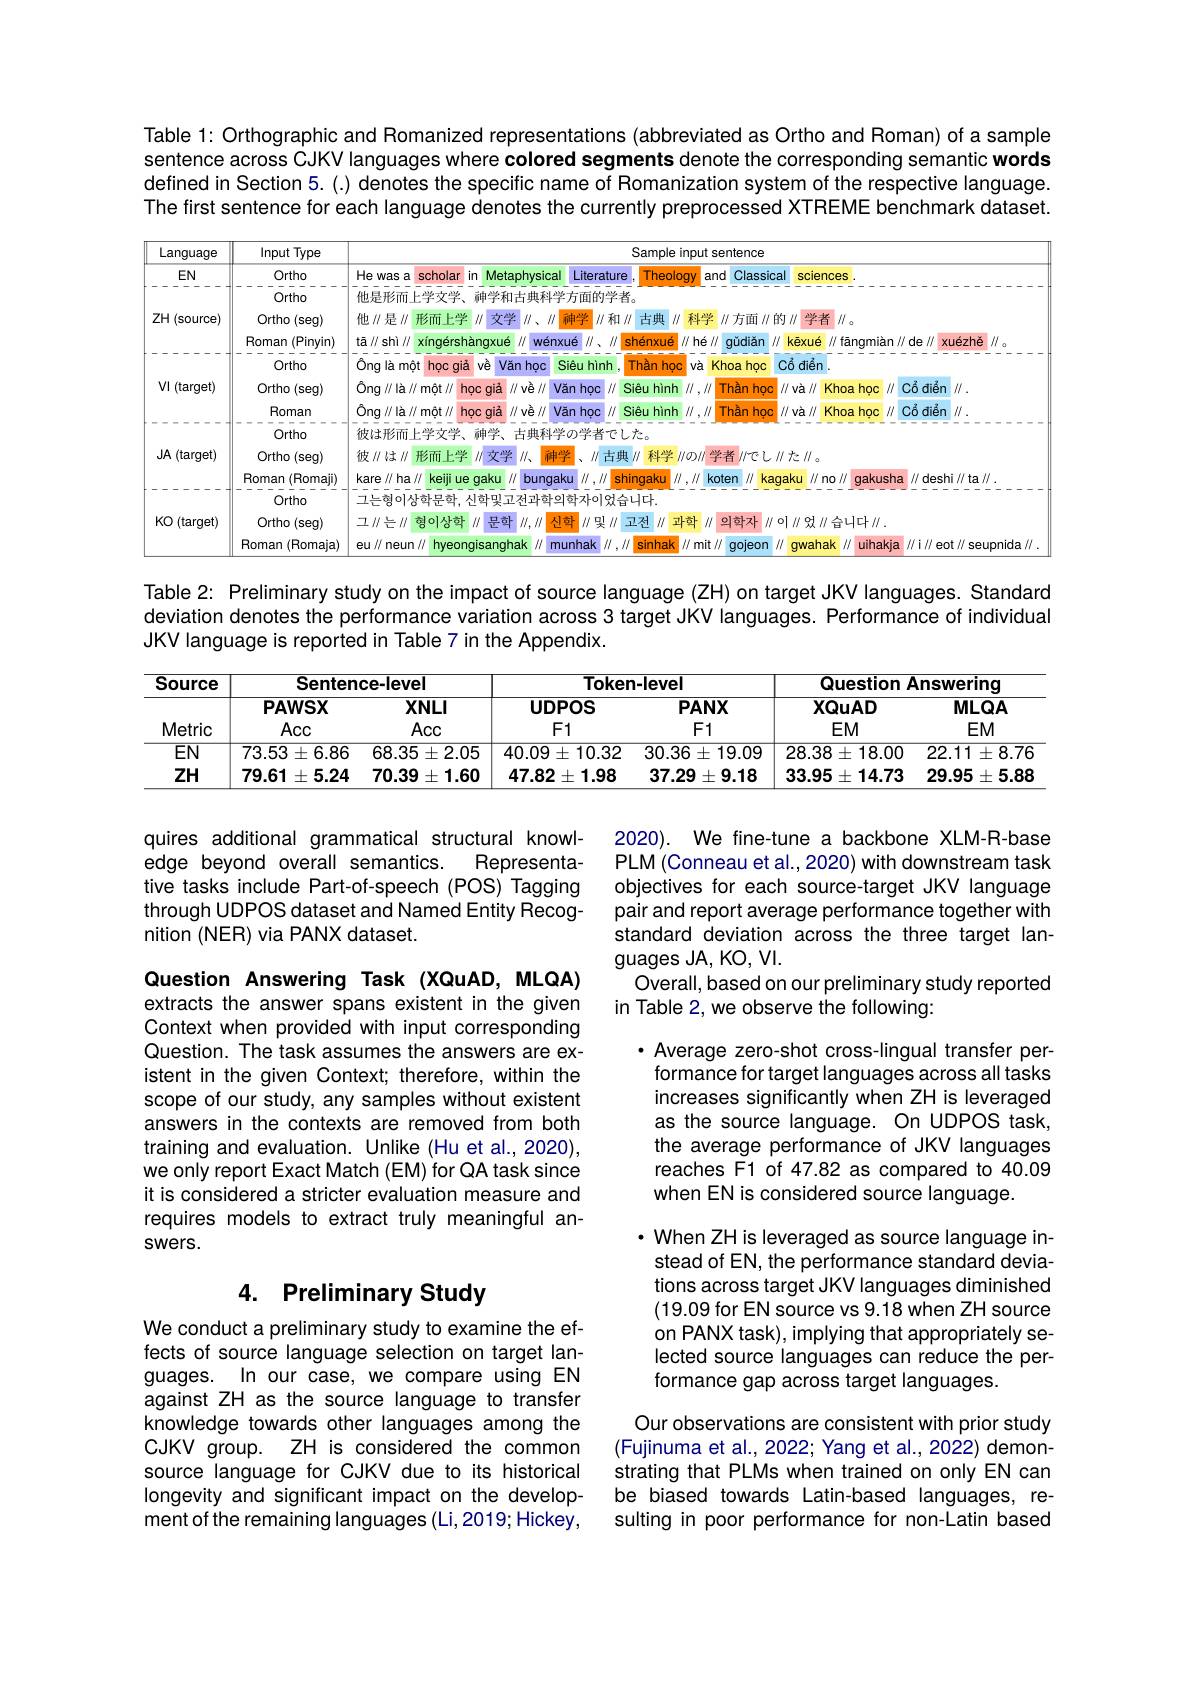
Table 1: Orthographic and Romanized representations (abbreviated as Ortho and Roman) of a sample sentence across CJKV languages where colored segments denote the corresponding semantic words defined in Section 5.(.) denotes the specific name of Romanization system of the respective language The first sentence for each language denotes the currently preprocessed XTREME benchmark dataset

<FigureHere>

Table 2: Preliminary study on the impact of source language (ZH) on target JKV languages. Standard

deviation denotes the performance variation across 3 target JKV languages. Performance of individual
JKV language is reported in Table 7 in the Appendix.

<table>
	<tbody>
		<tr>
			<th rowspan="2">Source Metric</th>
			<th colspan="2">Sentence-level</th>
			<th colspan="2">Token-level</th>
			<th colspan="2">Question Answerinq</th>
		</tr>
		<tr>
			<th>$PAWSX$ Acc</th>
			<th>$XNLI$ Acc</th>
			<th>UDPOS $F1$</th>
			<th>PANX $F1$</th>
			<th>XQuAD $EM$</th>
			<th>MLQA $EM$</th>
		</tr>
		<tr>
			<td>$EN$</td>
			<td>$73.53\pm6.86$</td>
			<td>$68.35\pm2.05$</td>
			<td>40.09 $\partial\pm10.32$ 1</td>
			<td>$30.36\pm19.09$</td>
			<td>$28.38\pm18.00$</td>
			<td>22.11 $\pm8.76$ $\bullet$</td>
		</tr>
		<tr>
			<td>$ZH$</td>
			<td>79.61 $\pm5.24$</td>
			<td>70.39 $\pm1.60$</td>
			<td>47.82 $2\pm1.98$</td>
			<td>37.29 $\pm9.18$</td>
			<td>33.95 $\pm14.73$ 1.</td>
			<td>29.95 $\pm5.88$</td>
		</tr>
	</tbody>
</table>

quires additional grammatical structural knowl-
edge beyond overall semantics.
Representa-
tive tasks include Part-of-speech (POS) Tagging through UDPOS dataset and Named Entity Recognition (NER) via PANX dataset.

2020). We fine-tune a backbone XLM-R-base PLM (Conneau et al., 2020) with downstream task objectives for each source-target JKV language pair and report average performance together with standard deviation across the three target languages JA, KO, VI.
Overall, based on our preliminary study reported
in Table 2, we observe the following:

Question Answering Task (XQuAD, MLQA) extracts the answer spans existent in the given Context when provided with input corresponding Question. The task assumes the answers are existent in the given Context; therefore, within the scope of our study, any samples without existent answers in the contexts are removed from both training and evaluation. Unlike (Hu et al., 2020), we only report Exact Match (EM) for QA task since it is considered a stricter evaluation measure and requires models to extract truly meaningful answers.

$\cdot$ Average zero-shot cross-lingual transfer performance for target languages across all tasks increases significantly when ZH is leveraged as the source language. On UDPOS task, the average performance of JKV languages reaches F1 of 47.82 as compared to 40.09 when EN is considered source language.

· When ZH is leveraged as source language in-
stead of EN, the performance standard deviations across target JKV languages diminished (19.09 for EN source vs 9.18 when ZH source on PANX task), implying that appropriately selected source languages can reduce the performance gap across target languages.
Our observations are consistent with prior study (Fujinuma et al., 2022; Yang et al., 2022) demon-

## 4. Preliminary Study

We conduct a preliminary study to examine the effects of source language selection on target languages. In our case, we compare using EN against ZH as the source language to transfer knowledge towards other languages among the CJKV group. ZH is considered the common source language for CJKV due to its historical longevity and significant impact on the development of the remaining languages (Li,2019; Hickey,

strating that PLMs when trained on only EN can be biased towards Latin-based languages, resulting in poor performance for non-Latin based